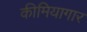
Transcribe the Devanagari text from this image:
कीमियागार